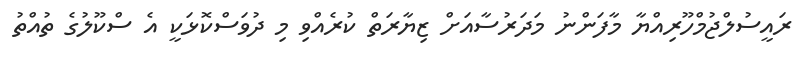
ރައީސުލްޖުމްހޫރިއްޔާ މާފަންނު މަދަރުސާއަށް ޒިޔާރަތް ކުރެއްވި މި ދުވަސްކޮޅަކީ އެ ސްކޫލުގެ ތުއްތު